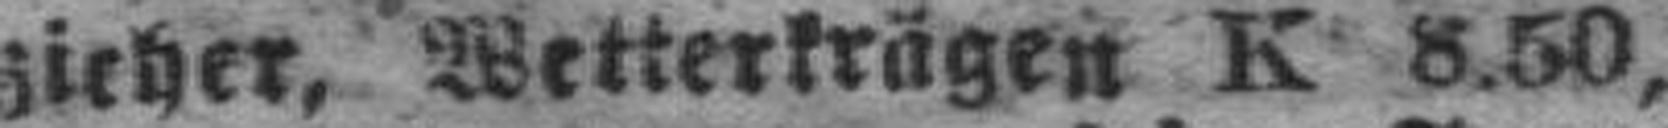
zieher, Wetterkrägen K 8.50,